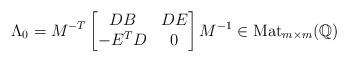
LaTeX: \begin{align*}\Lambda_0=M^{-T}\left[\begin{matrix}DB&DE\\-E^TD&0\\\end{matrix}\right]M^{-1}\in\operatorname{Mat}_{m\times m}(\mathbb{Q})\end{align*}